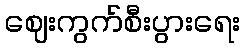
ဈေးကွက်စီးပွားရေး